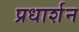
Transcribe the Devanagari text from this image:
प्रधार्शन